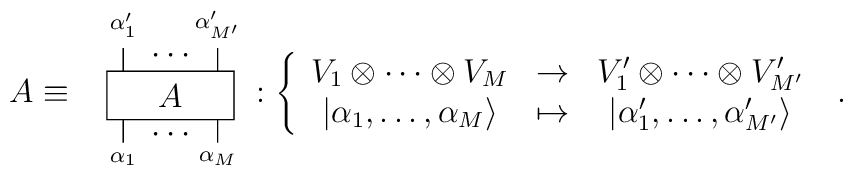
A\equiv\begin{array}{c}\unitlength=.2mm\begin{picture}(90.,120.)\put(10,40){\framebox(80,30){$A$}}\put(20,25){\line(0,1){15}}\put(80,25){\line(0,1){15}}\put(20,70){\line(0,1){15}}\put(80,70){\line(0,1){15}}\put(50.,30.){\makebox(0,0)[cc]{$\cdots$}}\put(50.,80.){\makebox(0,0)[cc]{$\cdots$}}\put(20.,15.){\makebox(0,0)[cc]{$\scriptstyle\alpha_1$}}\put(80.,15.){\makebox(0,0)[cc]{$\scriptstyle\alpha_M$}}\put(20.,100.){\makebox(0,0)[cc]{$\scriptstyle\alpha'_1$}}\put(80.,100.){\makebox(0,0)[cc]{$\scriptstyle\alpha'_{M'}$}}\end{picture}\end{array}:\left\{\begin{array}{ccc}V_1\otimes\cdots\otimes V_M & \to & V'_1\otimes\cdots\otimes V'_{M'}\\|\alpha_1,\dots,\alpha_M\rangle&\mapsto&|\alpha'_1,\dots,\alpha'_{M'}\rangle\end{array}\right.\ .